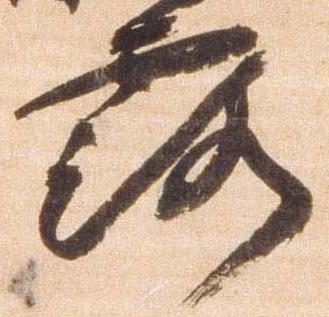
露